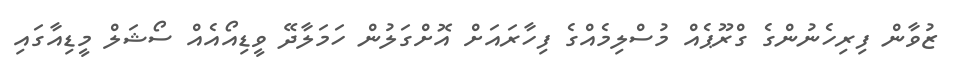
ޒުވާން ފިރިހެނުންގެ ގްރޫޕެއް މުސްލިމެއްގެ ފިހާރައަށް އޮށްގަލުން ހަމަލާދޭ ވީޑިއޯއެއް ސޯޝަލް މީޑިއާގައި